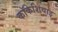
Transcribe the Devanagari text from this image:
कॉकेशियाइ